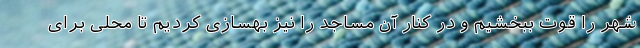
شهر را قوت ببخشیم و در کنار آن مساجد را نیز بهسازی کردیم تا محلی برای